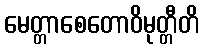
မေတ္တာစေတောဝိမုတ္တီတိ